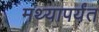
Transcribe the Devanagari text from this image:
मथ्यापर्यंत